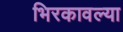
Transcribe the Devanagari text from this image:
भिरकावल्या